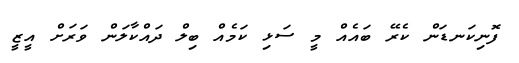
ފޮނިކަނޑަން ކެރޭ ބައެއް މީ ސަޅި ކަމެއް ބިލް ދައްކާލަން ވަރަށް އީޒީ